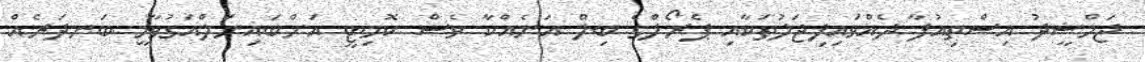
ޖަމްޝީދު އިސްތިއުފާ ދެއްވައިފިޖަލުތަކާއި ޕެރޯލްގެ ބިލް އަނެއްކާ ވެސް ކޮމިޓީ އަށްބައިނަލްއަގުވާމީ ބަނދަރެއް